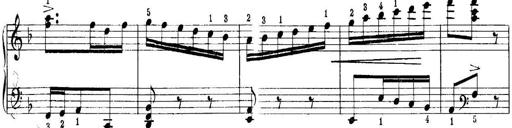
Title: Quatres sonatines
Composer: Tadeusz Joteyko